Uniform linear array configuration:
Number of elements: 48
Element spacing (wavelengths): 1
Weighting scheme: hamming
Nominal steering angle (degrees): -30
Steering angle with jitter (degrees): -28.006
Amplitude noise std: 0.05
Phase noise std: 0.05

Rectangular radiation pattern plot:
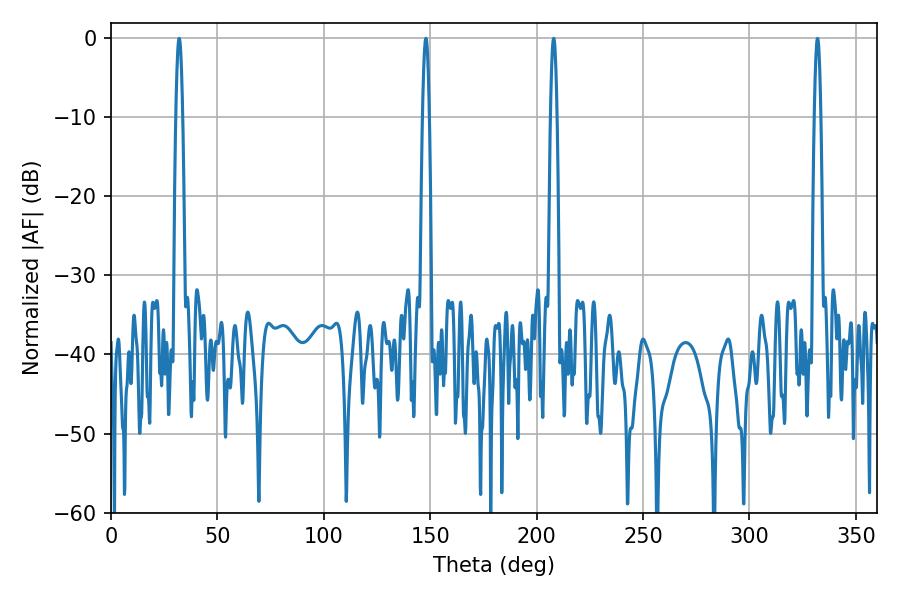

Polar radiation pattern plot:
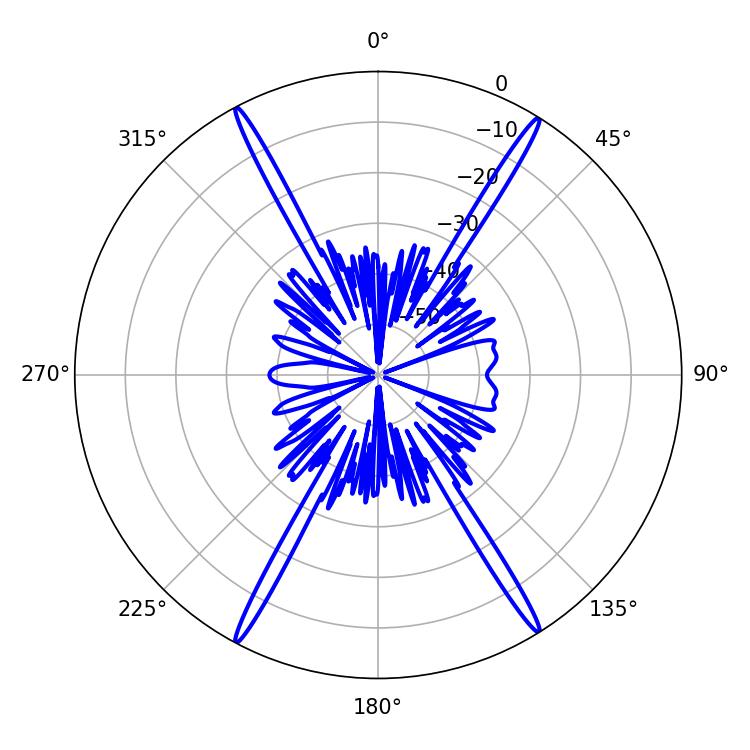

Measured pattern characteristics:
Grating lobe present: TRUE
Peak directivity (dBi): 25.582
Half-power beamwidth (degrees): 1.8
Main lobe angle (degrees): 32.04